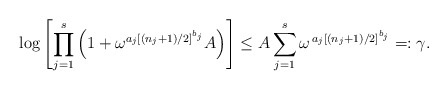
\begin{align*}\log\left[ \prod_{j=1}^s \left(1 + \omega^{a_j[(n_j+1)/2]^{b_j}} A \right)\right] \le A \sum_{j=1}^s\omega^{\,a_j[(n_j+1)/2]^{b_j}}=:\gamma.\end{align*}